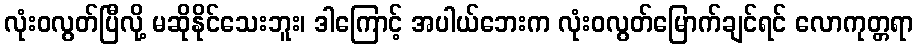
လုံးဝလွတ်ပြီလို့ မဆိုနိုင်သေးဘူး၊ ဒါကြောင့် အပါယ်ဘေးက လုံးဝလွတ်မြောက်ချင်ရင် လောကုတ္တရာ